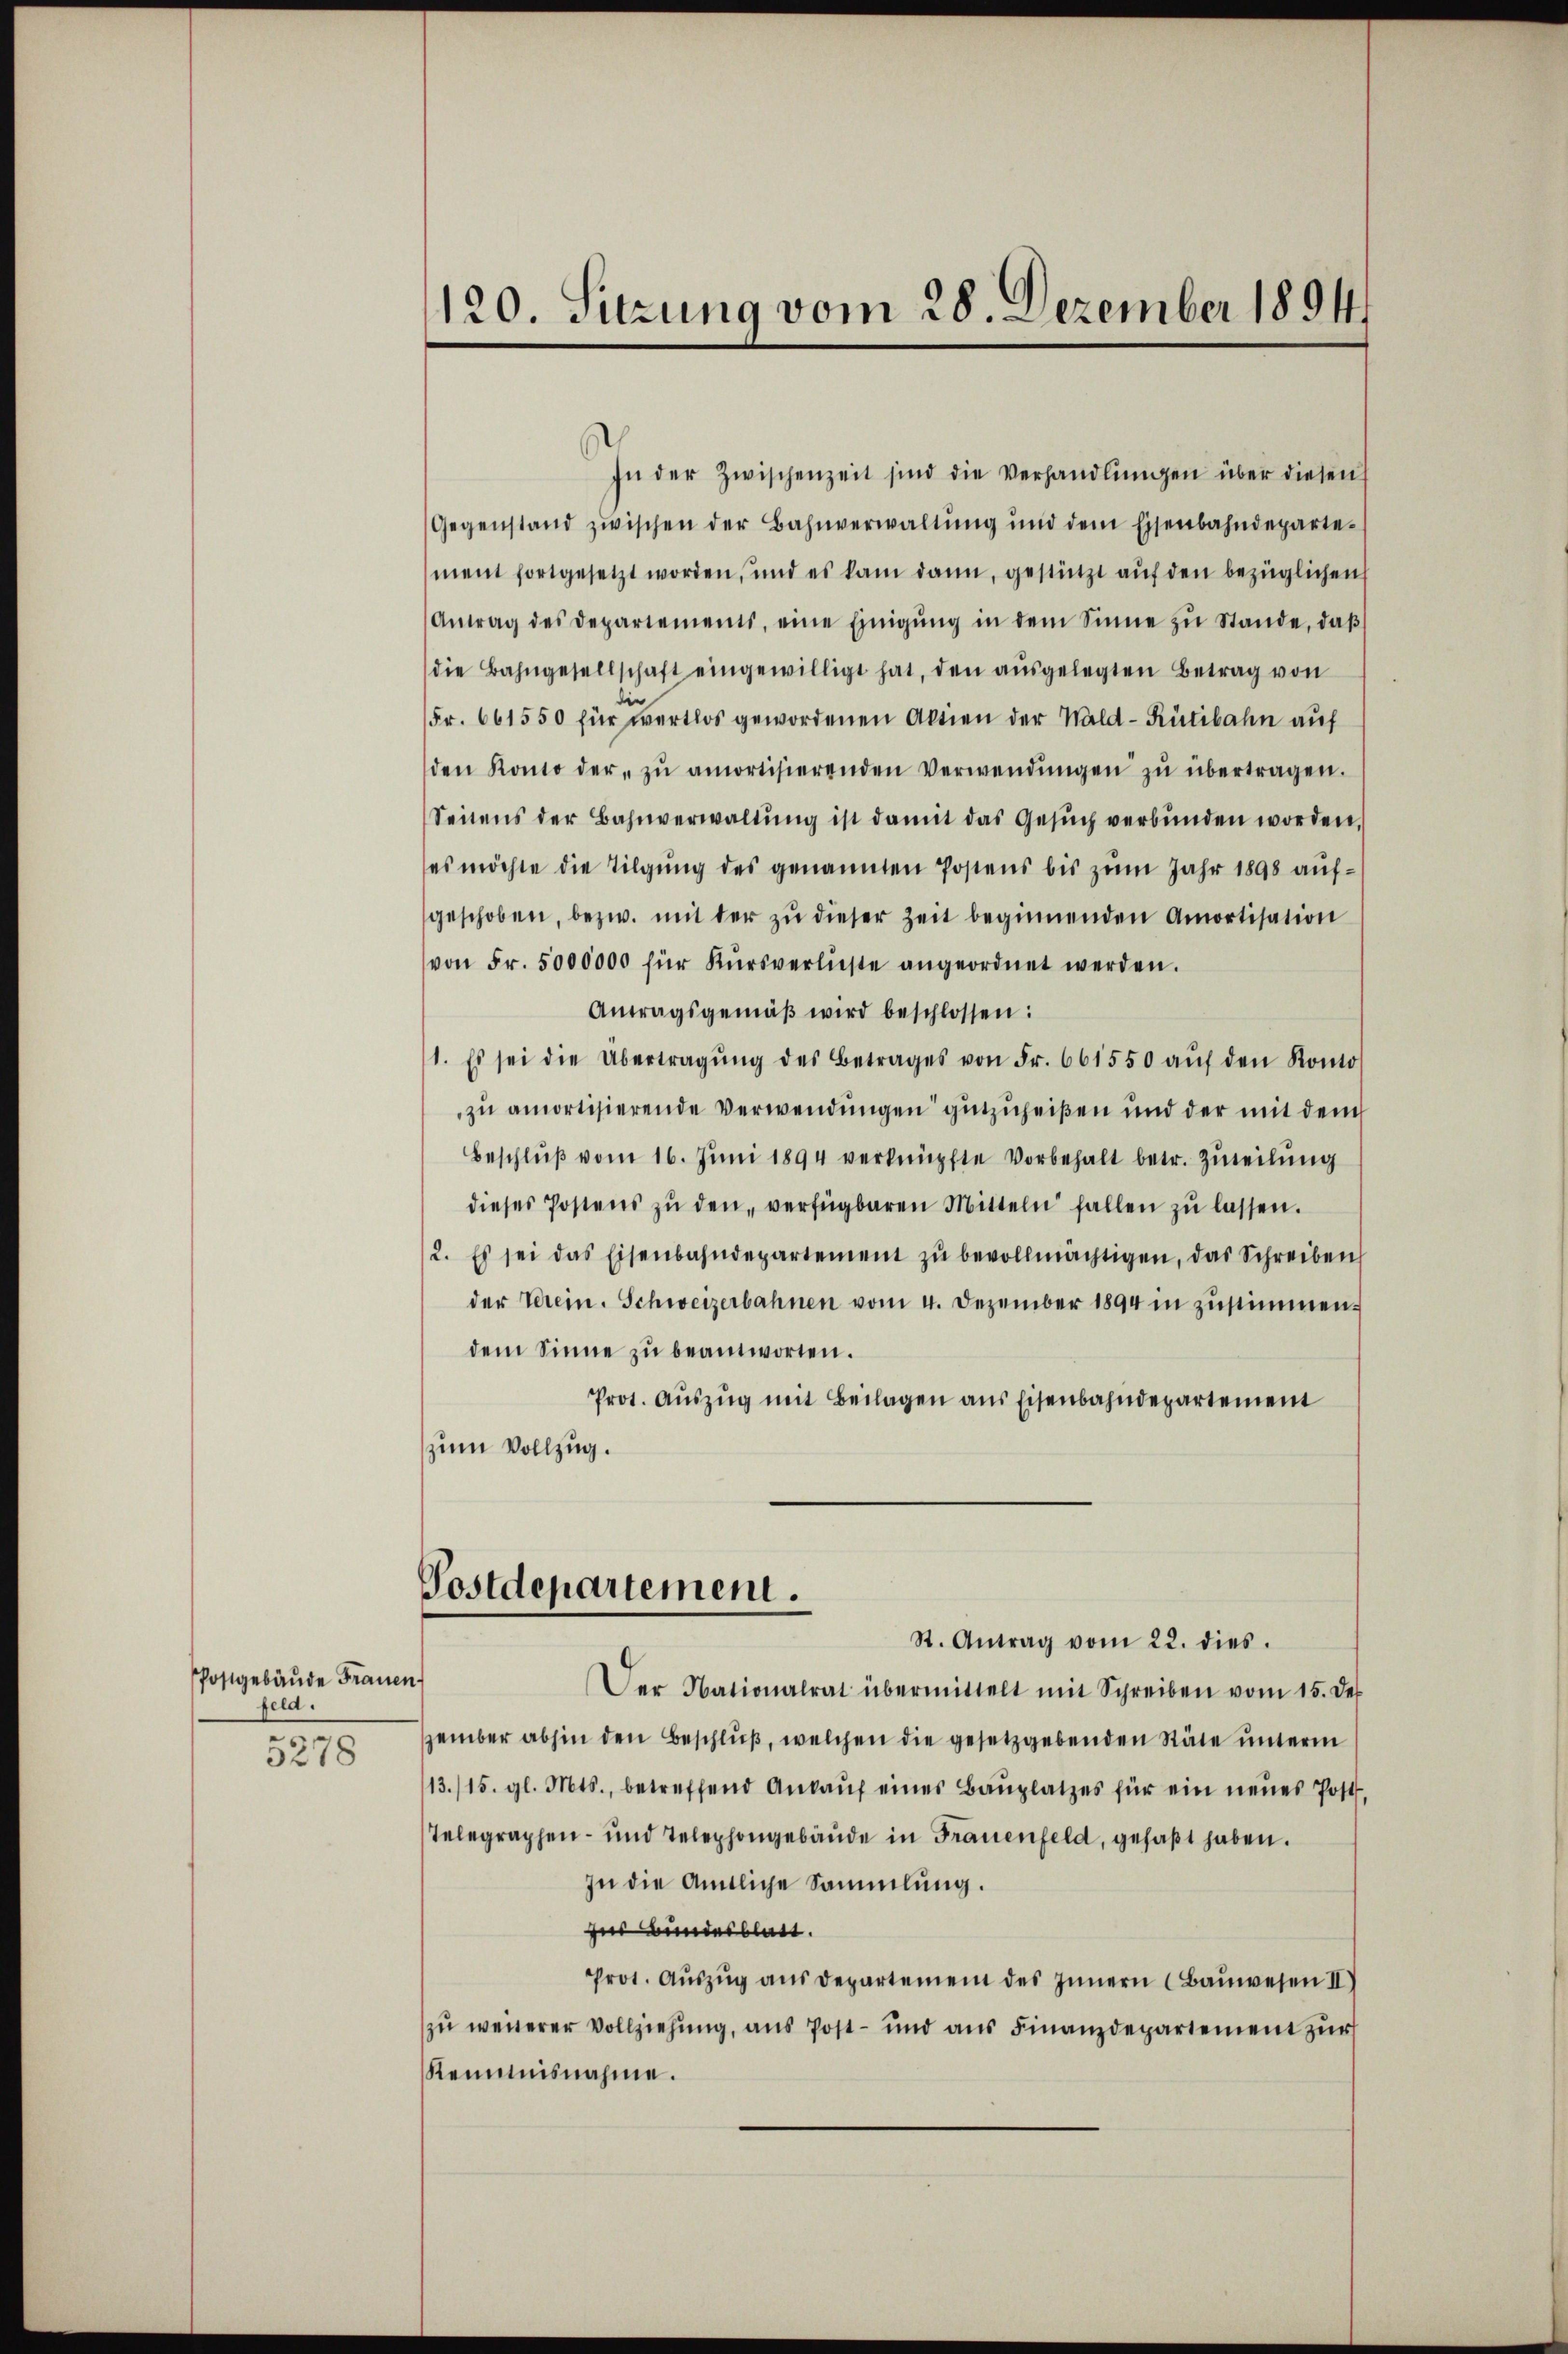
Postgebäude Frauen
feld.
5278

In der Zwischenzeit sind die Verhandlungen über diesen
Gegenstand zwischen der Bahnverwaltŭng ŭnd dem Eisenbahndeparte-
ment fortgesetzt worden, und es kam dann, gestützt aŭf den bezüglichen
Antrag des Departements, eine Einigŭng in dem Sinne zŭ Stande, daβ
die Bahngesellschaft eingewilligt hat, den aŭsgelegten Betrag von
Fr. 661550 für wertlos gewordenen Aktien der Wald–Rütibahn auf
den Konto der zŭ amortisierenden Verwendŭngen zŭ übertragen.
Seitens der Bahnverwaltŭng ist damit das Gesŭch verbunden worden,
es möchte die Tilgung des genannten Postens bis zum Jahr 1898 aufgeschoben, bezw. mit der zŭ dieser Zeit beginnenden Amortisation
von Fr. 5000000 für Kŭrsverlieste angeordnet werden.
Antragsgemäβ wird beschlossen:
1. Es sei die Übertragŭng des Betrages von Fr. 661550 aŭf den Konto
zu amortisierende Verwendungen gutzuheißen und der mit dem
Beschlŭβ vom 16. Juni 1894 verknüpfte Vorbehalt betr. Zuteilung
dieses Postens zŭ den verfügbaren Mitteln fallen zŭ lassen.
2. Es sei das Eisenbahndepartement zŭ bevollmächtigen, das Schreiben
der Verein. Schweizerbahnen vom 4. Dezember 1894 in zŭstimmen.
dem Sinne zŭ beantworten.
Prot. Auszug mit Beilagen aus Eisenbahndepartement
zum Vollzug.
Postdepartement.
St. Antrag vom 22. dies
Der Nationalrat übermittelt mit Schreiben vom 15. der
zember abhin den Beschluß, welchen die gesetzgebenden Stäte unterm
13./15. gl. Mts., betreffend Ankaŭf eines Baŭplatzes für ein neues Post,
Telegraphen- und Telephongebäŭde in Frauenfeld, gefaßt haben.
In die Amtliche Sammlung.
Ins Bundesblatt.
Prot. Aŭszŭg aŭs departement des Innern (Baŭwesen II)
zu weiterer Vollziehung, aus Post- und aŭs Finanzdepartement zur
Remmnisnahme.

120. Sitzung vom 28. Dezember 1894.